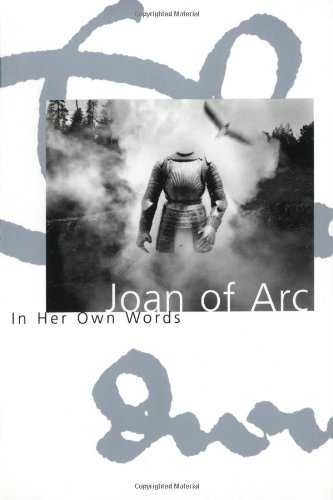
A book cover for Joan of Arc: In her own words; Joan of Arc; Literature & Fiction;